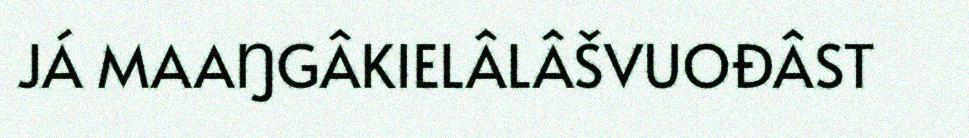
JÁ MAAŊGÂKIELÂLÂŠVUOĐÂST